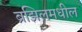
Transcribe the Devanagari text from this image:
ब्रझिलमधील